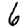
Digit: 6